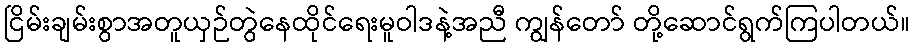
ငြိမ်းချမ်းစွာအတူယှဉ်တွဲနေထိုင်ရေးမူဝါဒနဲ့အညီ ကျွန်တော် တို့ဆောင်ရွက်ကြပါတယ်။